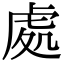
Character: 處